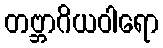
တဗ္ဘာဂိယဝါရော